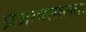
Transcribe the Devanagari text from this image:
प्रजावत्सलता